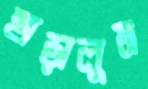
ছাড়ালুম